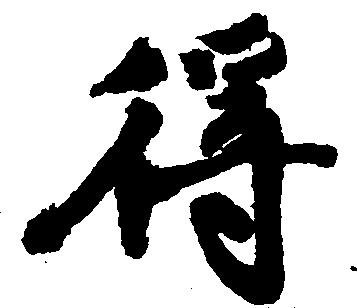
得